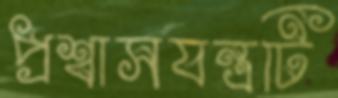
প্রশ্বাসযন্ত্রটি